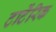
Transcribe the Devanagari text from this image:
टार्टेंरिक